Vaccination in the Punjab 1919-1929 - 1919-1929
Year: 1919
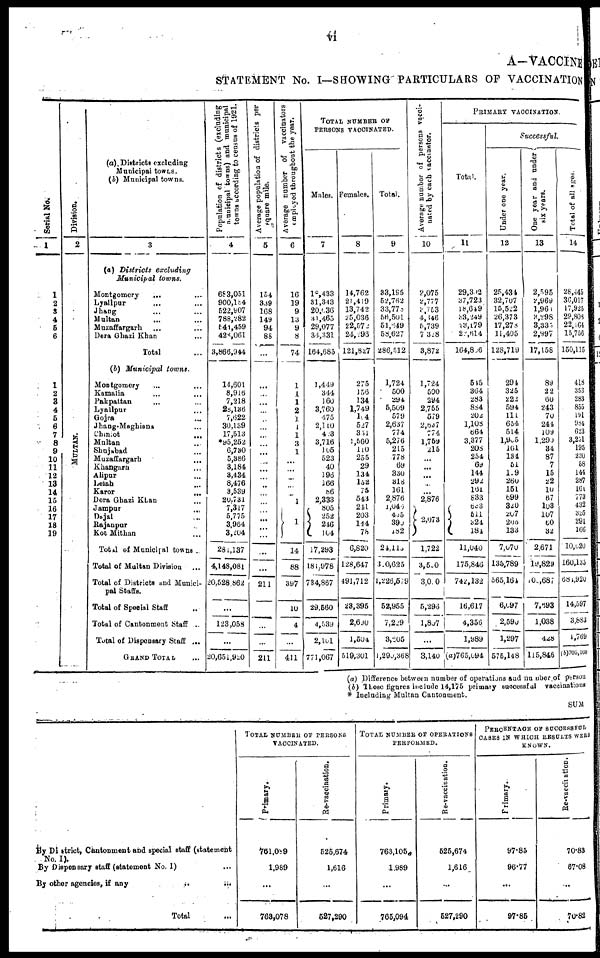
vi
A—VACCINE
STATEMENT No. I—SHOWING PARTICULARS OF VACCINATION
Serial No.
1
1
2
3
4
5
6
1
2
3
4
5
6
7
8
9
10
11
12
13
14
15
16
17
18
19
Division.
2
MUL T AN.
(a) Districts excluding
Municipal towns.
(b) Municipal towns.
3
(a) Districts
excluding
Municipal
towns.
Montgomery ... ...
Lyallpur ... ...
Jhang ... ...
Multan ... ...
Muzaffargarh ... ...
Dera Ghazi Khan ...
Total ...
(b) Municipal
towns.
Montgomery ... ...
Kamalia ... ...
Pakpaltan ... ...
Lyallpur ...
Gojra ...
Jhang-Maghiana ...
Chiniot
...
Maltan ...
Shujabad ...
Muzaffargarh ...
Khangarn ...
Alipur ...
Leiah ...
Karor
...
Dera Ghazi Khan ...
Jampur
...
Dajal ...
Rajanpur
Kot Mithan ...
Total of Municipal towns .
Total of Multan Division ...
Total of Districts and Munici-
pal Staffs.
Total of Special Staff ...
Total of Cantonment Staff ...
Total of Dispensary Staff ...
GRAND TOTAL ...
Population of districts (excluding
municipal towns) and municipal
towns according to census of 1921.
4
683,051
900,184
522,907
788,282
541,459
428,061
3,866,944
14,601
8,916
7,218
28,l36
7,622
30,139
17,513
*95,252
6,730
5,386
3,184
3,434
8,476
3,539
20,731
7,317
5,775
3,964
3,204
281,137
4,148,081
20,528,862
...
123,058
...
20,651,920
Average population of districts per
square mile.
5
154
339
168
149
94
88
...
...
...
...
...
...
...
...
...
...
...
...
...
...
...
...
...
...
...
...
...
...
211
...
...
...
211
Average number of
vaccinators
employed throughout the year.
6
16
19
9
13
9
8
74
1
1
1
2
1
1
1
3
1
...
...
...
...
...
1
1
14
88
397
10
4
...
411
TOTAL NUMBER OF
PERSONS VACCINATED.
Males.
7
18,433
31,343
20,036
31,465
29,077
34,331
164,685
1,449
344
160
3,760
475
2,110
423
3,716
105
523
40
196
166
86
2,333
805
252
246
104
17,293
181,978
734,867
29,560
4,539
2,l0l
771,067
Females.
8
14,762
21,419
13,742
25,036
22,572
24,296
121,827
275
156
134
1,749
104
527
351
1,560
110
255
29
134
152
75
543
241
203
144
78
6,820
128,647
491,712
23,395
2,690
1,504
519,301
Total.
9
33,195
52,762
33,778
56,501
51,649
58,627
286,512
1,724
500
294
5,509
579
2,637
774
5,276
215
778
69
330
318
161
2,876
1,046
485
390
182
24,115
300,625
1,226,579
52,955
7,229
3,605
1,290,368
Average number of persons vacci-
nated by each vaccinantor.
10
2,075
2,777
3,753
4,346
5,739
7,328
3,872
1,724
500
294
2,755
579
2,637
774
l,759
215
...
...
...
...
...
2,876
2,073
1,722
3,550
3,000
5,296
l,807
...
3,140
PRIMARY VACCINATION.
Total.
11
29,392
37,723
18,649
33,249
23,179
22,614
164,806
545
364
283
884
202
1,108
664
3,377
208
254
69
144
292
161
833
633
511
324
184
11,040
175,846
742,132
16,617
4,356
1,989
(a)765,094
Successful.
Under one year.
12
25,434
32,707
15,522
26,373
17,278
11,405
128,719
294
325
222
594
111
654
514
1,905
161
131
51
119
260
151
699
320
207
206
133
7,070
135,789
565,l64
6,097
2,590
1,297
575,148
One year and under
six
years.
13
2,595
2,969
1,961
3,298
3,335
2,897
17,158
89
22
60
243
70
244
109
1,290
34
87
7
15
22
10
67
103
107
60
32
2,671
19,829
100,687
7,693
1,038
428
115,846
Total of all ages.
14
28,445
36,0170
17,925
29,808
22,164
15,756
150,115
418
353
283
855
191
984
623
3,251
195
220
58
144
287
161
773
432
325
291
166
10,020
160,135
684,920
14,597
3,883
1,769
(b)705,160
(a) Difference between number of operations and number of person
(b) These figures include 14,175 primary successful vaccinations
* Including Multan Cantonment.
SUM
By District, Cantonment and special staff (statement
No. I).
By Dispensary staff (statement No. 1)
...
By other agencies, if any
...
...
Total ...
TOTAL NUMBER OF PERSONS
VACCINATED.
Primary.
761,089
1,989
...
768,078
Re-vaccination.
525,674
1,616
...
527,290
TOTAL NUMBER OF OPERATIONS
PERFORMED.
Primary.
763,105
1,989
...
765,094
Re-vaccination.
525,674
1,616
...
527,290
PERCENTAGE OF SUCCESSFUL
CASES IN WHICH RESULTS WERE
KNOWN.
Primary.
97.85
96.77
...
97.85
Re-vaccination.
70.83
67.08
...
70.82